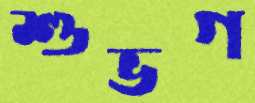
শুভগ